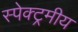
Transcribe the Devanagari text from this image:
स्पेक्ट्रमीय